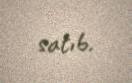
satıb.